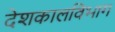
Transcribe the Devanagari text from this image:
देशकालविभाग